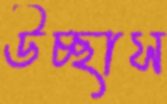
উচ্ছাস